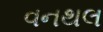
વનથલ